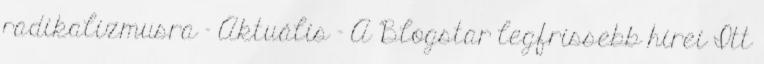
radikalizmusra - Aktuális - A Blogstar legfrissebb hírei Itt